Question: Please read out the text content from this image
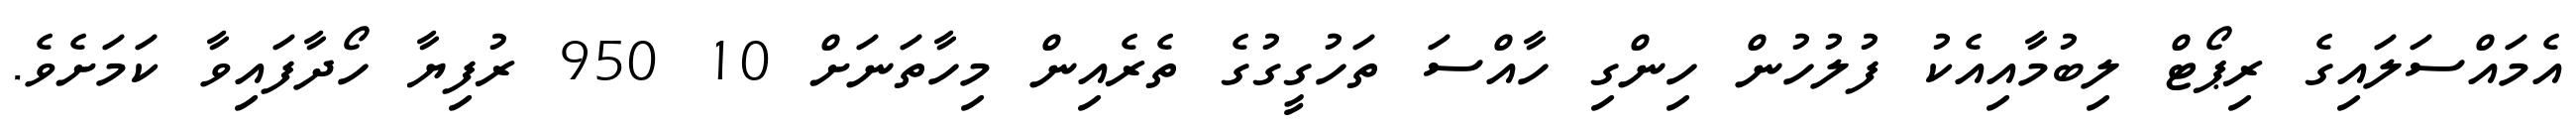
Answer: އެމައްސަލައިގެ ރިޕޯޓް ލިބުމާއިއެކު ފުލުހުން ހިންގި ހާއްސަ ތަހުގީގުގެ ތެރެއިން މިހާތަނަށް 10 950 ރުފިޔާ ހޯދާފައިވާ ކަމަށެވެ.